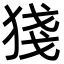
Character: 㹽